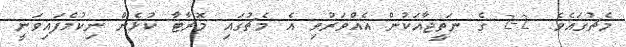
މެޗުގައެވެ. 2-2 ގެ ނަތީޖާއަކުން އެއްވަރުވި އެ މެޗުގައި މޮރާޓާ ކުޅެން ނިކުމެފައިވަނީ